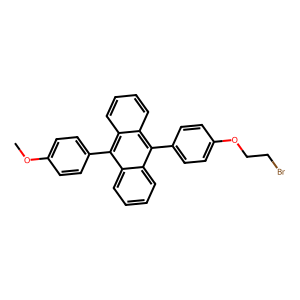
SMILES: COc1ccc(-c2c3ccccc3c(-c3ccc(OCCBr)cc3)c3ccccc23)cc1
Inhibits HIV replication: No